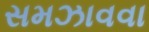
સમઝાવવા